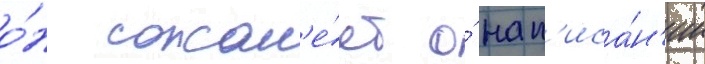
о́н сожал'е́ет о́ нап'иса́н'ии